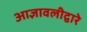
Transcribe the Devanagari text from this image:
आज्ञावलीद्वारे